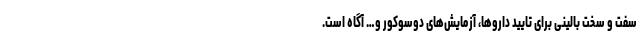
سفت و سخت بالینی برای تایید داروها، آزمایش‌های دوسوکور و… آگاه است.